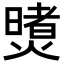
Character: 𪹶